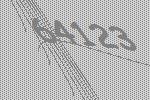
64123